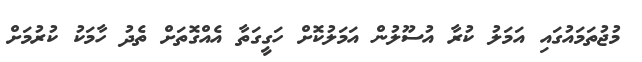
މުޖުތަމައުގައި އަމަލު ކުރާ އުސޫލުން އަމަލުކޮށް ހަގީގަތާ އެއްގޮތަށް ތެދު ހާމަކު ކުރުމަށް